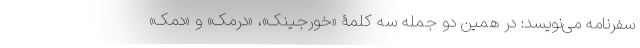
سفرنامه می‌نویسد: در همین دو جمله سه کلمۀ «خورجینک»، «درمک» و «دمک»